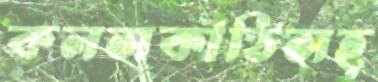
কলসকাঠিসহ